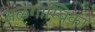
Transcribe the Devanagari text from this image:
अऴगाम्बिका